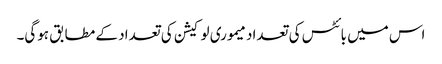
اس میں بائٹس کی تعداد میموری لوکیشن کی تعداد کے مطابق ہوگی۔